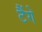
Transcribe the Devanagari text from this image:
टैंगे